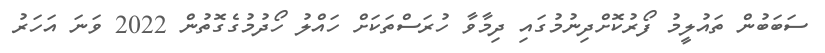
ސަބަބުން ތައުލީމު ފޯރުކޮށްދިނުމުގައި ދިމާވާ ހުރަސްތަކަށް ހައްލު ހޯދުމުގެގޮތުން 2022 ވަނަ އަހަރު